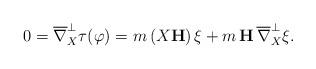
LaTeX: \begin{align*} 0=\overline{\nabla}^{\perp}_X\tau(\varphi)=m\,(X{\bf H})\,\xi+m\,{\bf H}\,\overline{\nabla}^{\perp}_X\xi. \end{align*}